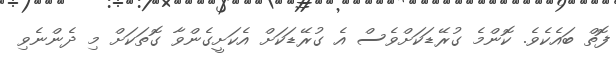
ފޮތް ބައެކެވެ. ކޮންމެ ގުރޭޑަކަށްވެސް އެ ގުރޭޑަކަށް އެކަށީގެންވާ ގޮތަކަށް މި ދެންނެވި